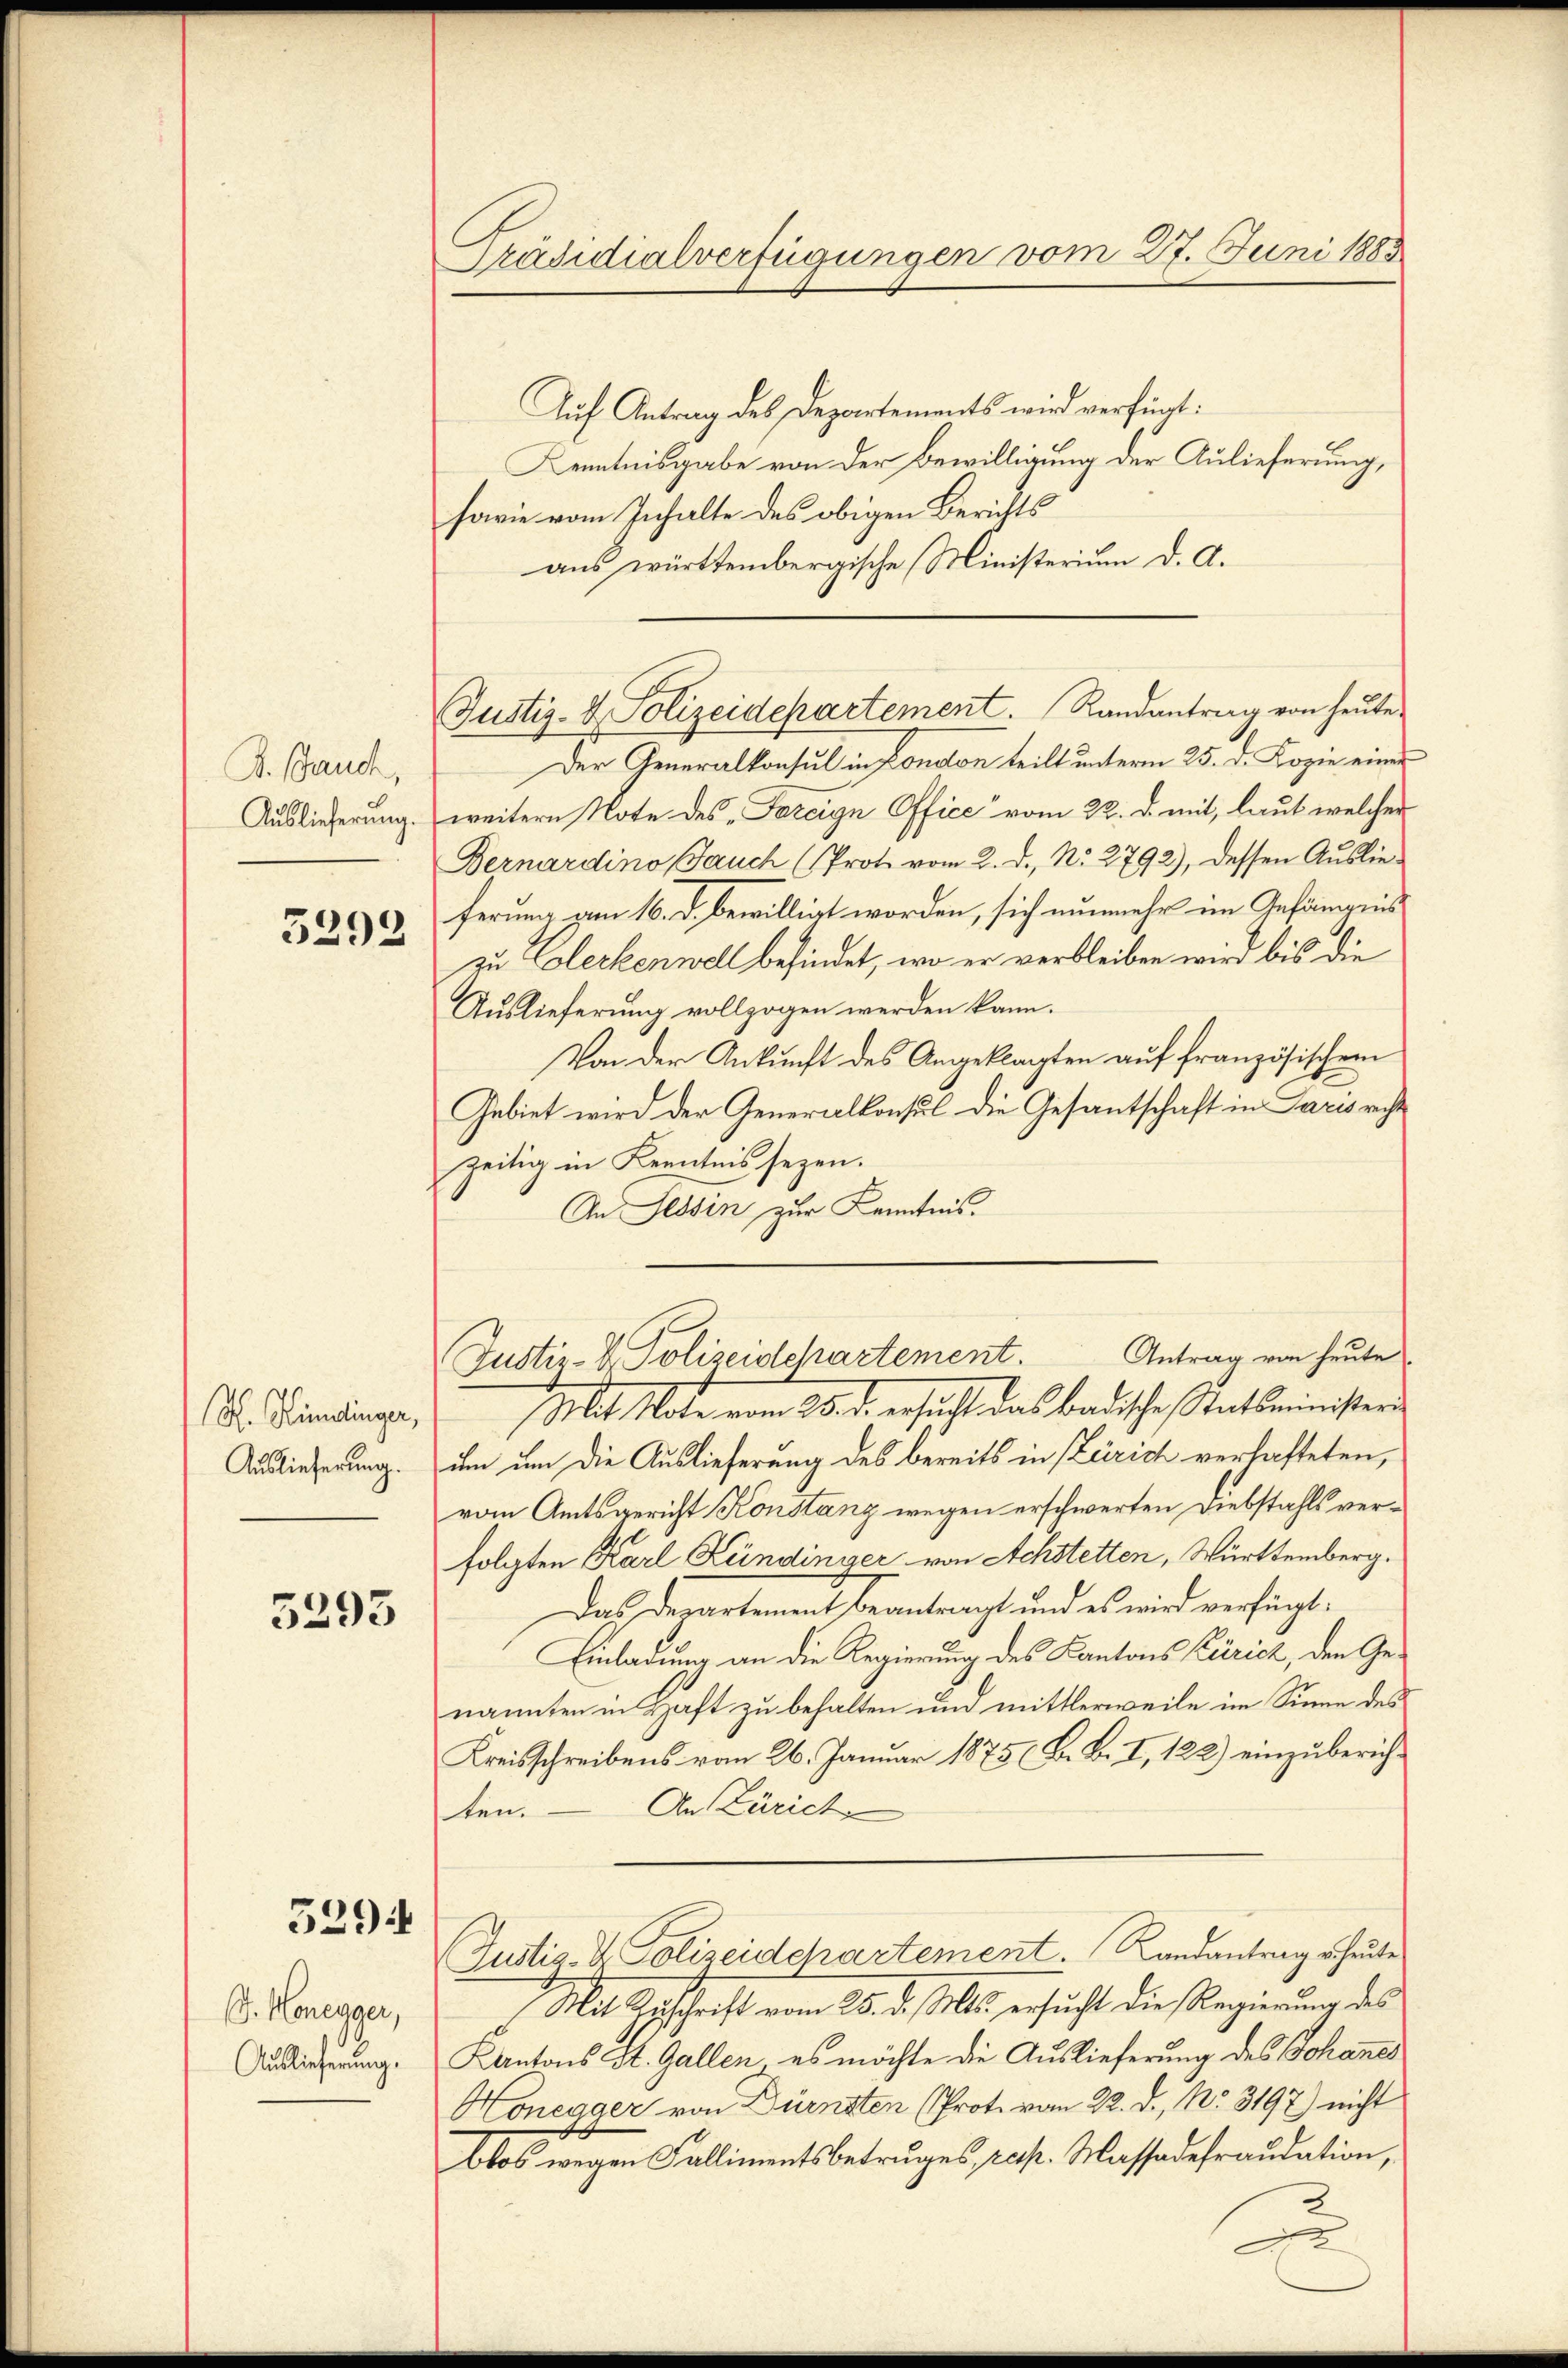
B. Bauch,
Auslieferung.

5292

H. Hundinger,
Auslieferung.

5393

529:

(J. Honegger,
Auslieferung.

Präsidialverfügungen vom 27. Juni 1883

Justiz- & Polizeidepartement. Randantrag von heute

Auf Antrag des Departements wird verfügt:
Kenntnisgabe von der Bewilligung der Aulieferung,
sowie vom Inhalte des obigen Berichts
aus württembergische Ministerium d. A.
Der Generalkonsul in London teilt unterm 25. d. Kopie einer
weitern Note des „Pareign Office vom 22. d. mit, laut welcher
Dernardino Jauch (Prote vom 2. d. No. 2792), dessen Auslieferung vom 16. d. bewilligt worden, sich nunmehr im Gefängnis
zu Eoleckenwell befindet, wo er verbleiben wird bis die
Auslieferung vollzogen werden kann.
Von der Ankunft des Angeklagten auf französischem
Gebiet wird der Generalkonsul die Gesantschaft in Paris richt
zeitig in Kenntnis sezen.
An Tessin zur Kenntnis.
Justiz- & Polizeidchartement. Antrag von heute
Mit Note vom 28. d. ersucht das badische Statsministeri
ien um die Auslieferung des bereits in Zürich verhafteten,
vom Amtsgericht Konstanz wegen erschwerten Diebstahls verfolgten Karl Kündinger von Achstetten, Württemberg.
Das Departement beantragt und es wird verfügt:
Einladung an die Regierung des Kantons Zürich, den Genannten in Haft zu behalten und mittlerweile im Sinne des
Kreisschreibens vom 26. Januar 1875 (B. B. I, 122) einzuberich¬
An Zürich,
ten.
Justiz- & Polizeidchartement. Landantrag heute
Mit Zuschrift vom 25. d. Mts. ersucht die Regierung des
Kantons St. Gallen, es möchte die Auslieferung des Johannes
Honegger von Dürnsten (Prot. vom 22. d. No. 3197) nicht
blos wegen Fallimentsbetruges, resp. Massadefraudation,